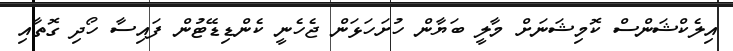
އިލެކްޝަންސް ކޮމިޝަނަށް މާލީ ބަޔާން ހުށަހަޅަން ޖެހެނީ ކެންޑިޑޭޓުން ފައިސާ ހޯދި ގޮތާއި